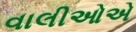
વાલીઓએ